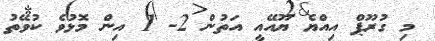
މި ގުރޫޕް އިއްޔެ ޔޫއޭއީ އަތުން 2- 1 އިން މޮޅުވެ ކުވޭތު